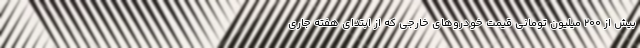
بیش از ۲۰۰ میلیون تومانی قیمت خودروهای خارجی که از ابتدای هفته جاری